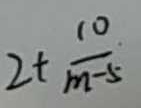
2 + \frac { 1 0 } { m - 5 }